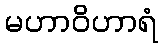
မဟာဝိဟာရံ